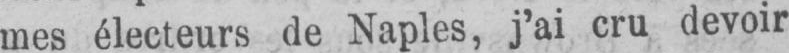
mes électeurs de Naples, j’ai cru devoir